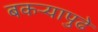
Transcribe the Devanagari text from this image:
बकऱ्यापुढे